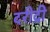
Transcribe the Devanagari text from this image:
दरीद्री